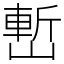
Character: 㟻